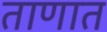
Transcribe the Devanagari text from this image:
ताणात